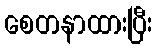
စေတနာထားပြီး